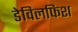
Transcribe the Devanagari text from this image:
डेविलफिश